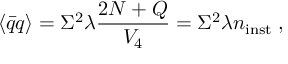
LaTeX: \langle \bar { q } q \rangle = \Sigma ^ { 2 } \lambda { \frac { 2 N + Q } { V _ { 4 } } } = \Sigma ^ { 2 } \lambda n _ { \mathrm { i n s t } } \; ,